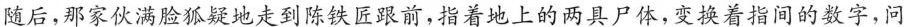
随后,那家伙满脸狐疑地走到陈铁匠跟前,指着地上的两具尸体,变换着指间的数字,问